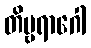
တိဗ္ဗရာဂေါ